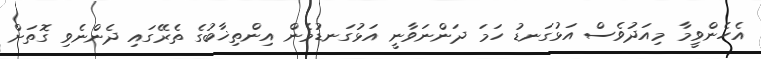
އެހެންވީމާ މިއަދުވެސް އަޅުގަނޑު ހަމަ ދަންނަވާނީ އަޅުގަނޑުމެން އިންތިޚާބުގެ ތެރޭގައި ދެންނެވި ގޮތަށް